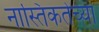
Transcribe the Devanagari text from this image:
नास्तिकतेच्या